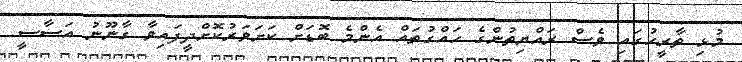
މުޅި ތާރީހުގައި ވެސް ރައްޔިތުންގެ ހައްގުތައް އެންމެ ބޮޑަށް ކަށަވަރުކޮށްދީފައިވާ ގާނޫނު އަސާސީ